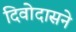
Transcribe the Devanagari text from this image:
दिवोदासने